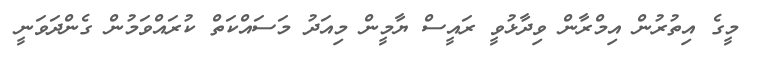
މީގެ އިތުރުން އިމްރާން ވިދާޅުވީ ރައީސް ޔާމީން މިއަދު މަސައްކަތް ކުރައްވަމުން ގެންދަވަނީ